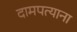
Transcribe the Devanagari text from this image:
दामपत्याना